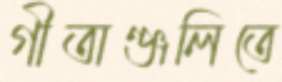
গীতাঞ্জলিতে